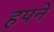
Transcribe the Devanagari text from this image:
हपने